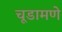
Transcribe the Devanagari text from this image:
चूडामणे